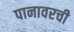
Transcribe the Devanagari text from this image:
पानावरची